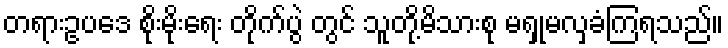
တရားဥပဒေ စိုးမိုးရေး တိုက်ပွဲ တွင် သူတို့မိသားစု မရှုမလှခံကြရသည်။